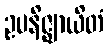
ဥပနိဇ္ဈာယိတံ